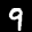
Label: 9